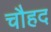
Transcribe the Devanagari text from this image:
चौहद